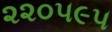
૨૨૦૫૯૫